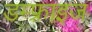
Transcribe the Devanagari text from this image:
डम्फ़्राइज